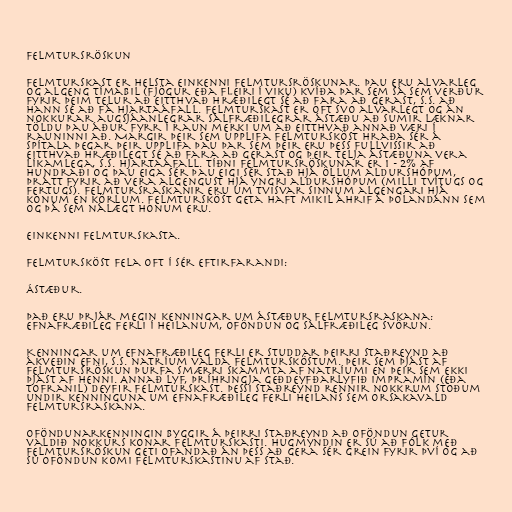
Felmtursröskun

Felmturskast er helsta einkenni felmtursröskunar. Þau eru alvarleg
og algeng tímabil (fjögur eða fleiri í viku) kvíða þar sem sá sem verður
fyrir þeim telur að eitthvað hræðilegt sé að fara að gerast, s.s. að
hann sé að fá hjartaáfall. Felmturskast er oft svo alvarlegt og án
nokkurar augsjáanlegrar sálfræðilegrar ástæðu að sumir læknar
töldu þau áður fyrr í raun merki um að eitthvað annað væri í
rauninni að. Margir þeir sem upplifa felmtursköst hraða sér á
spítala þegar þeir upplifa þau þar sem þeir eru þess fullvissir að
eitthvað hræðilegt sé að fara að gerast og þeir telja ástæðuna vera
líkamlega, s.s. hjartaáfall. Tíðni felmtursröskunar er 1 - 2% af
hundraði og þau eiga sér þau eigi sér stað hjá öllum aldurshópum,
þrátt fyrir að vera algengust hjá yngri aldurshópum (milli tvítugs og
fertugs). Felmtursraskanir eru um tvisvar sinnum algengari hjá
konum en körlum. Felmtursköst geta haft mikil áhrif á þolandann sem
og þá sem nálægt honum eru.

Einkenni felmturskasta.

Felmtursköst fela oft í sér eftirfarandi:

Ástæður.

Það eru þrjár megin kenningar um ástæður felmtursraskana:
efnafræðileg ferli í heilanum, oföndun og sálfræðileg svörun.

Kenningar um efnafræðileg ferli er studdar þeirri staðreynd að
ákveðin efni, s.s. natríum valda felmtursköstum. Þeir sem þjást af
felmtursröskun þurfa smærri skammta af natríumi en þeir sem ekki
þjást af henni. Annað lyf, þríhringja geðdeyfðarlyfið impramín (eða
Tofranil) deyfir felmturskast. Þessi staðreynd rennir nokkrum stoðum
undir kenninguna um efnafræðileg ferli heilans sem orsakavald
felmtursraskana.

Oföndunarkenningin byggir á þeirri staðreynd að oföndun getur
valdið nokkurs konar felmturskasti. Hugmyndin er sú að fólk með
felmtursröskun geti ofandað án þess að gera sér grein fyrir því og að
sú oföndun komi felmturskastinu af stað.